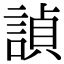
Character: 𬢵